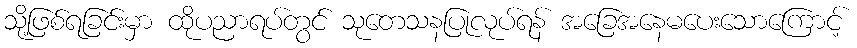
သို့ဖြစ်ရခြင်းမှာ ထိုပညာရပ်တွင် သုတေသနပြုလုပ်ရန် အခြေအနေမပေးသောကြောင့်